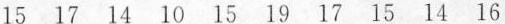
15 17 14 10 15 19 17 15 14